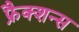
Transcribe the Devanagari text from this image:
फ्रैक्शन्स